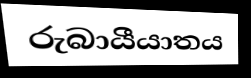
රුබායීයාතය